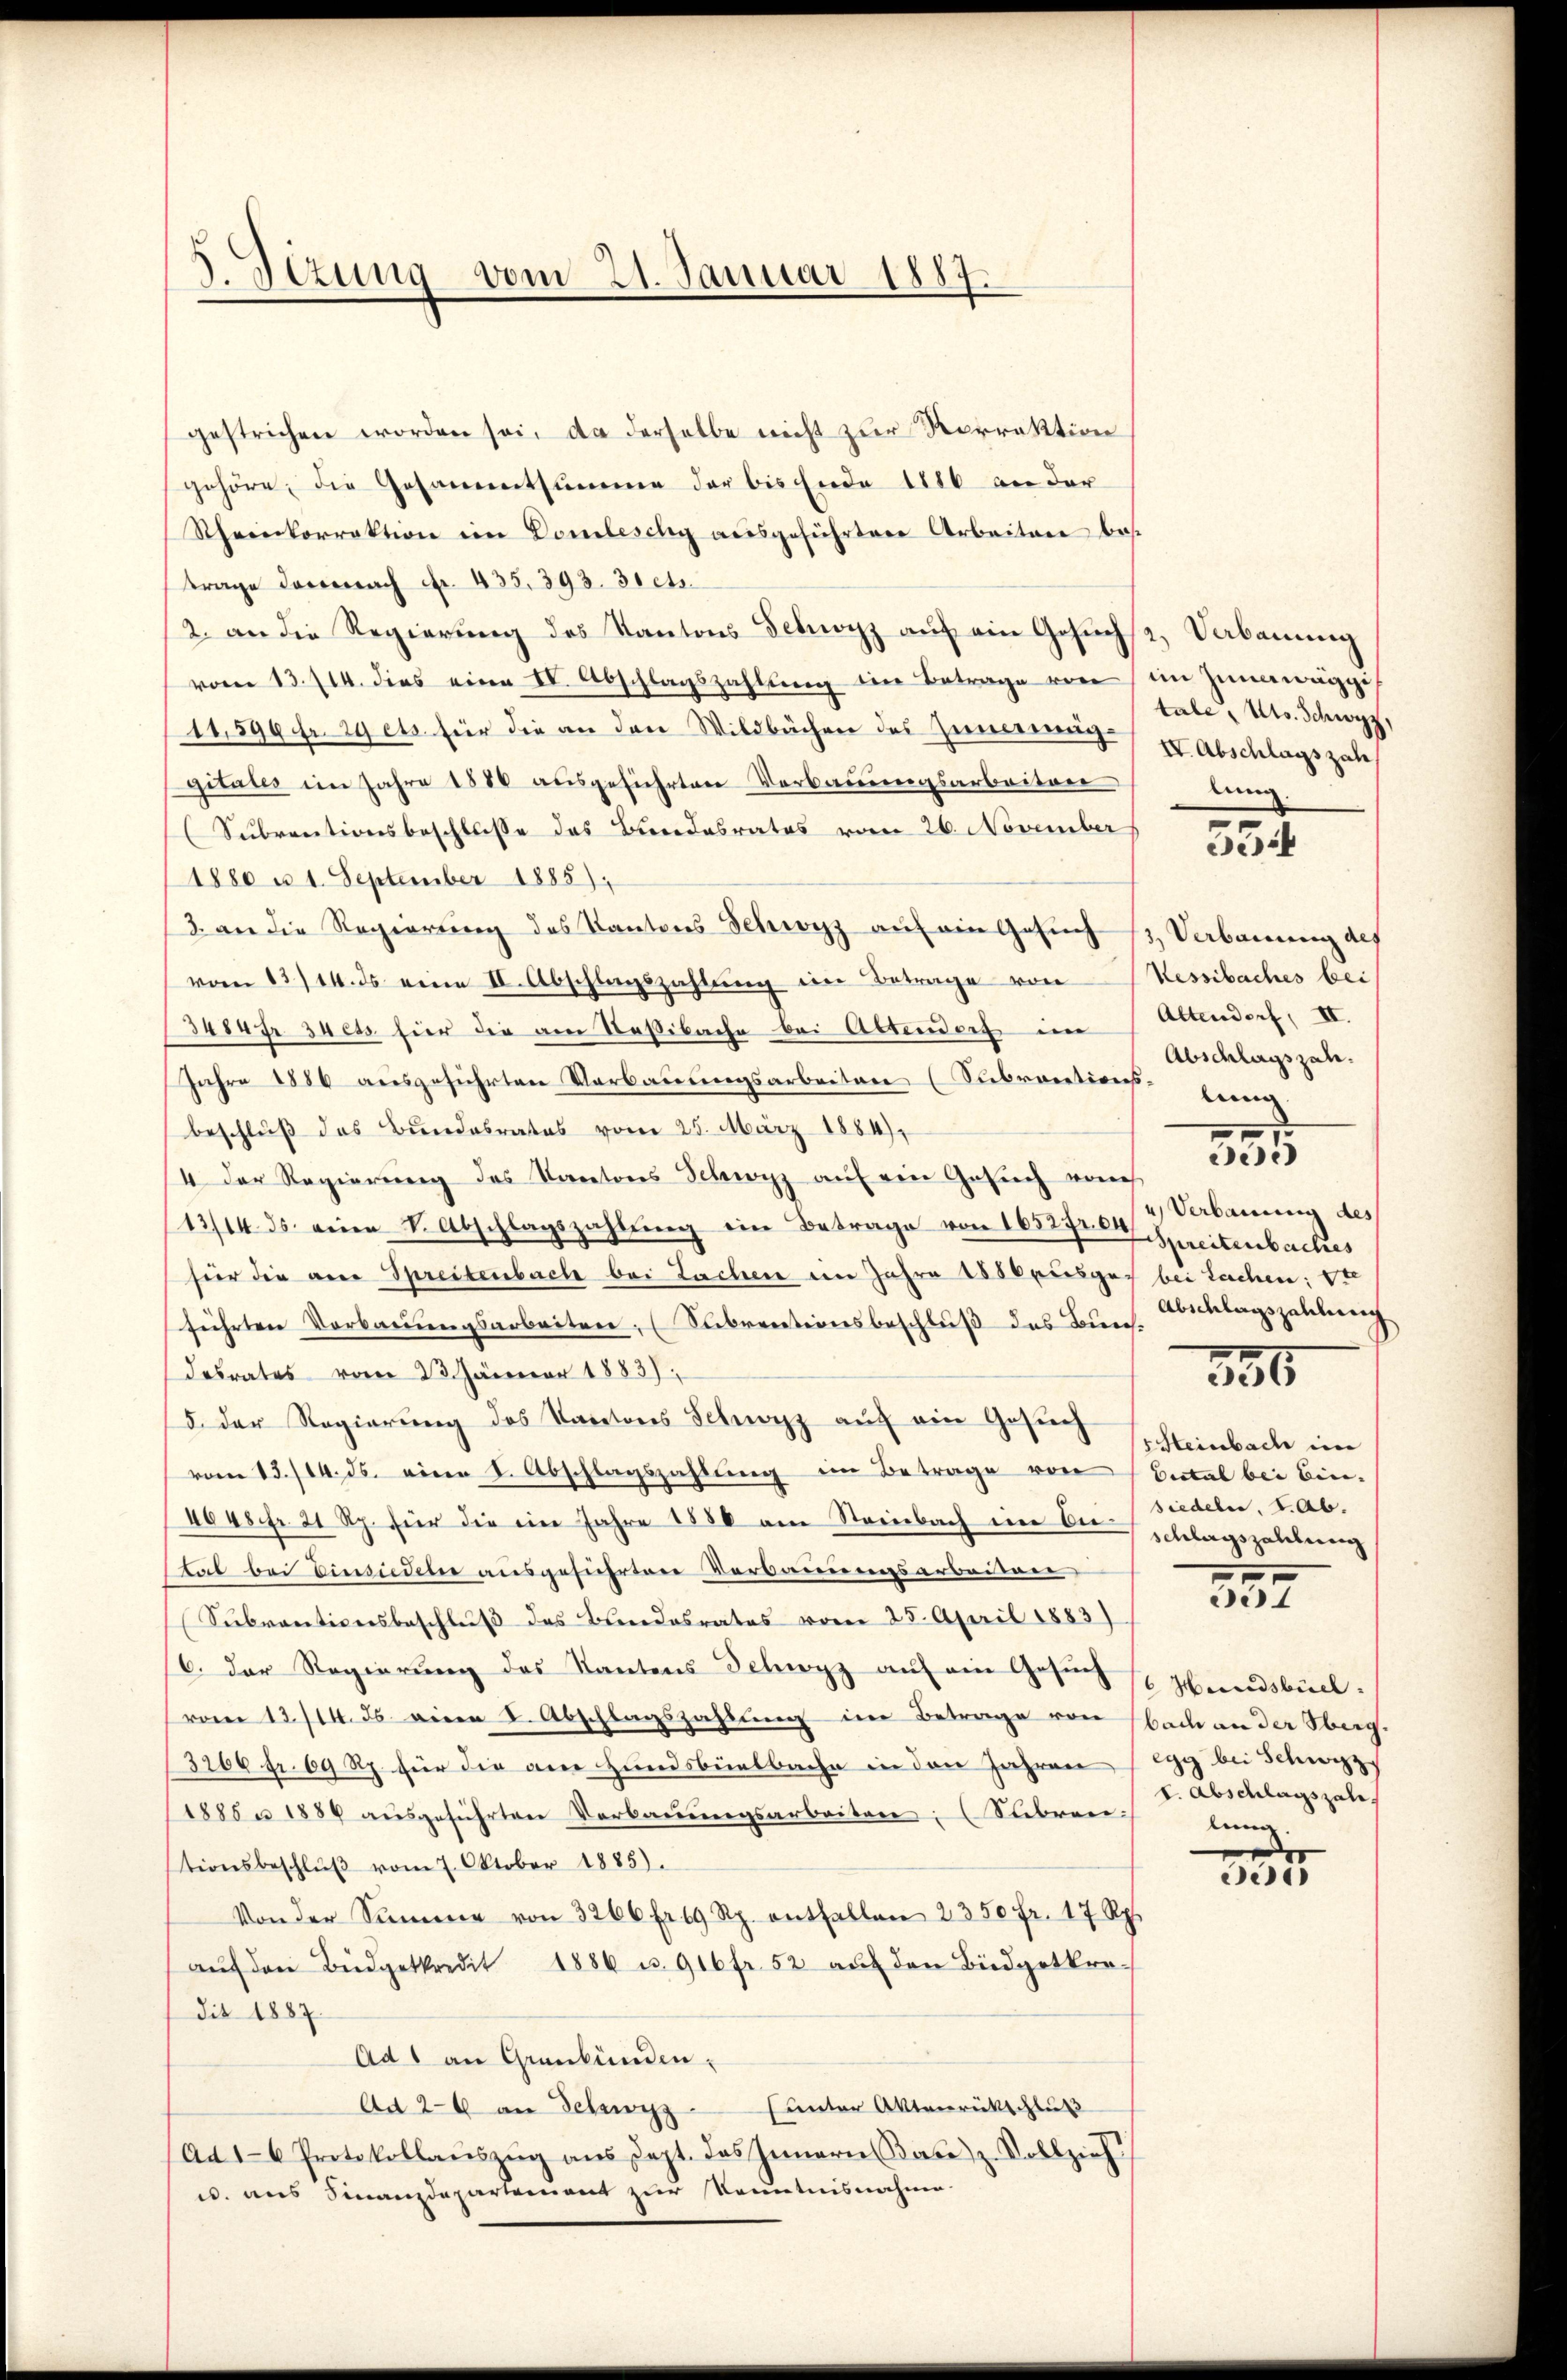
.Sezung vom 21. Januar 1887.

gestrichen worden sei, da derselbe nicht zur Rorrektion
gehöre, die Gesammtsumme der bis Ende 1816 an der
Rheinkorrektion im Domleschy ausgeführtere Arbeiten bes
trage darnach Fr. 435. 393. 31 ets.
2. an die Regierŭng des Kantons Sebnoyz aŭf ein Gesuch
vom 13. 714. dies eine IV. Abschlagszahlung die Betrage von
14599 fr. 19 ets. für die an den Wildbachen des Zimmenggitates im Jahre 1880 ausgeführten Verbauungsarbeiten
(Subventionsbeschlusse des Bundesrates vom 26. November
1880 n 1. September 1885),
3. an die Regierung des Kantons Schwyz auf ein Gesuch
vom 13./14. ds eine II. Abschlagszahlung im Betrage von
3asar 34 ets hier die am Baßibache bei Altendorf im
Jahre 1886 ausgeführten Verbauungsarbeiten (Subrogations- beig
beschluß des Bundesrates vom 25. März 1884),
/4 der Regierung des Kantons Schwyz auf ein Gesuch von
13/14. ds. eine k. Abschlagszahlŭng ein Betrage von 163272 Spreitenbaches
für die aner Spreitenbache bei Lachen im Jahre 1856 ausge
führten Verbaŭŭngsarbeiten (Subrentionsbeschluß des Bun-
desrates vom 23. Jänner 18837.
5. der Regierŭng des Kartons Schwarz aŭf ein Gesŭch
vom 13./14. ds. eine I. Abschlagszahlung im Betrage von
4048 fr. 21 Rp. für die ein Jahre 1886 am Steinbach im Antat bei Einsieden ausgeführten Verbauungsarbeiten
Subventionsbeschluß des Bundesrates vom 25. April 1883)
16. Der Regierŭng des Kantons Schwyz auf ein Gesuch
vom 12./14. ds. einen I. Abschlagszahlung im Betrage von
3266 fr. 69 Rp. für die am Hundsbürlbache in den Jahren
1885 u 1884 ausgeführten Verbauungsarbeiten: (Subren
tionsbeschlŭβ vom 7. Oktober 1885).
Von der Summe von 3266 fr 69 Rp. entfallen 2350 fr. 17 Rp.
aŭf den Büdgetkredit 1886 u. 916 fr. 52 aŭf den Biedgetkre-
dit 1887
Ad 1 an Graubünden.
unter Aktenrückschluß
Ad 26 an Schwyz
Ad 16 Protokollaŭszŭg aŭs dept. das Innern an z. Vollzieh
w. aus Finanzdepartement zur Kenntnisnahme

2) Verbauung
im Zunanäggis
tale, Kts. Schwyz,
IV. Abschlagszah
lung

554

3, Verbauung des
Kessibaches bei
Altendorf, II.
Abschlagszah
1
e)
u) Verbauung des
bei Sachen: Ste
Abschlagszahlung

356

Heinbach im
Dictal bei bin. |
siedeln, s. Ab.
schlagszahlung

357

6 Handsbüel:
bach an der Oberg.
egy bei Schwyz,
t. Abschlagszale
lung.

d
de